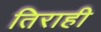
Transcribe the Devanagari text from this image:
तिराही